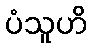
ပံသူဟိ